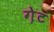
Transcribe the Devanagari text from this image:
ग़ेट